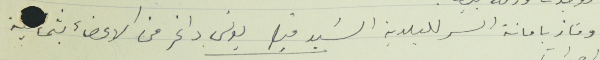
وفاز بامانة السر للبلدية السَيد قيصر يونس داغر من الاعضاء بثماية